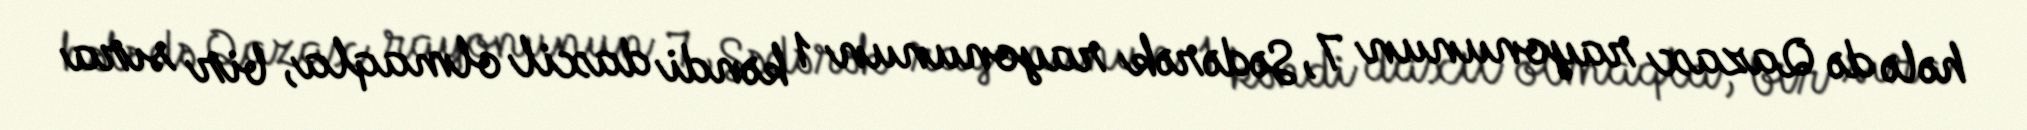
hələ də Qazax rayonunun 7, Sədərək rayonunun 1 kəndi daxil olmaqla, bir sıra